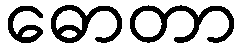
ဓောတာ